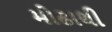
મોઢાથી